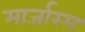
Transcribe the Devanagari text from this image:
मार्जारम